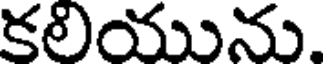
కలియును.